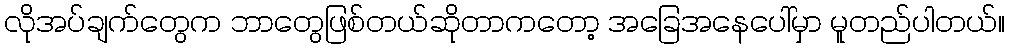
လိုအပ်ချက်တွေက ဘာတွေဖြစ်တယ်ဆိုတာကတော့ အခြေအနေပေါ်မှာ မူတည်ပါတယ်။